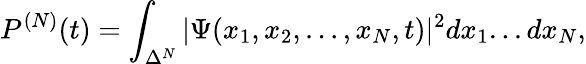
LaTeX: P^{(N)}(t)=\int_{\Delta^{N}}|\Psi(x_{1},x_{2},...,x_{N},t)|^{2}dx_{1}...dx_{N},